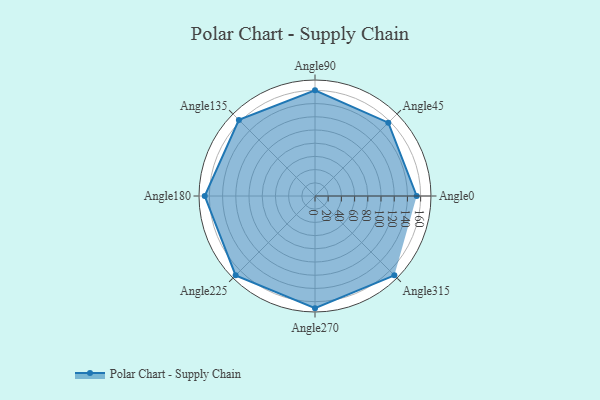
{"axis": {"x": "Angle", "y": "Radius"}, "legend": [""], "data": [{"x": "Angle0", "y": 154.0, "type": ""}, {"x": "Angle45", "y": 157.0, "type": ""}, {"x": "Angle90", "y": 160.0, "type": ""}, {"x": "Angle135", "y": 163.0, "type": ""}, {"x": "Angle180", "y": 167.0, "type": ""}, {"x": "Angle225", "y": 170, "type": ""}, {"x": "Angle270", "y": 170, "type": ""}, {"x": "Angle315", "y": 170, "type": ""}]}